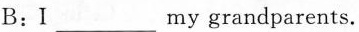
B：I___my grandparents.